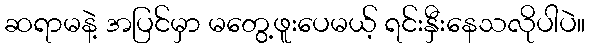
ဆရာမနဲ့ အပြင်မှာ မတွေ့ဖူးပေမယ့် ရင်းနှီးနေသလိုပါပဲ။